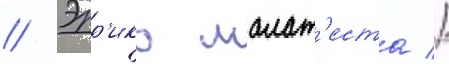
// Эрр'ико малат'еста //